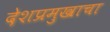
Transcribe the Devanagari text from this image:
देशप्रमुखाचा